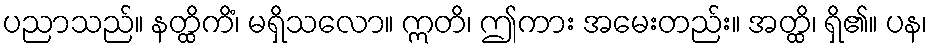
ပညာသည်။ နတ္ထိကိံ၊ မရှိသလော။ ဣတိ၊ ဤကား အမေးတည်း။ အတ္ထိ၊ ရှိ၏။ ပန၊